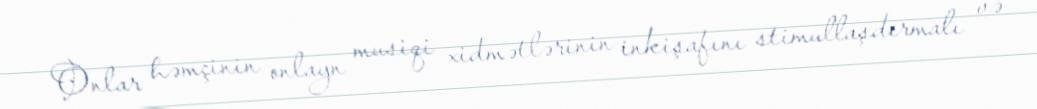
Onlar həmçinin onlayn musiqi xidmətlərinin inkişafını stimullaşdırmalı və